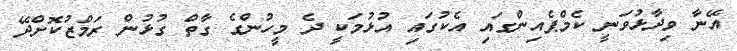
އޭނާ ވިދާޅުވަނީ ކެމްޕެއިންގައި އެކުގައި އުޅުމަކީ ދެ މީހުންގެ ގާތް ގުޅުން ރަމްޒުކޮށްދޭ